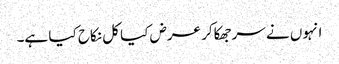
انہوں نے سرجھکاکر عرض کیا کل نکاح کیا ہے۔